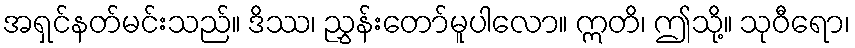
အရှင်နတ်မင်းသည်။ ဒိဿ၊ ညွှန်းတော်မူပါလော။ ဣတိ၊ ဤသို့။ သုဝီရော၊